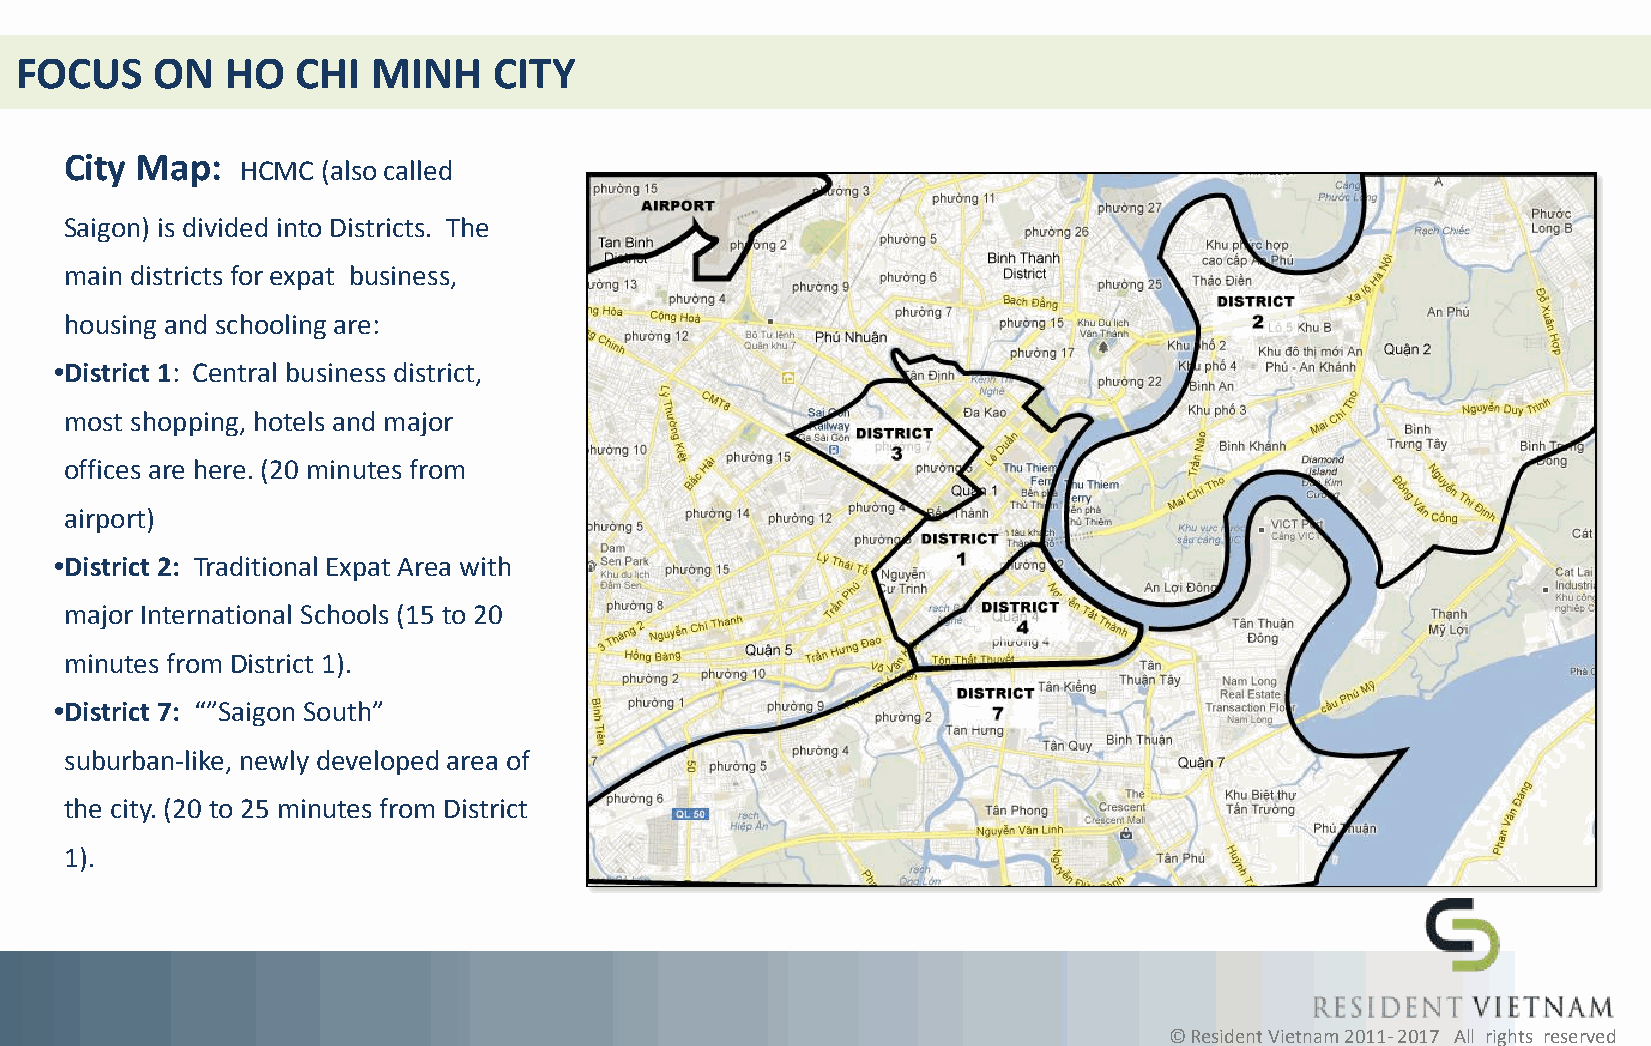
FOCUS    ON   HO   CHI  MINH    CITY
 City Map:
 HCMC (also called
 Saigon) is divided into Districts. The
 main districts for expat business,
 housing and schooling are:
 •District 1: Central business district,
 most shopping, hotels and major
 offices are here. (20 minutes from
 airport)
 •District 2: Traditional Expat Area with
 major International Schools (15 to 20
 minutes from District 1).
 •District 7: “”Saigon South”
 suburban-like, newly developed area of
 the city. (20 to 25 minutes from District
 1).
 © Resident Vietnam 2011- 2017 All rights reserved